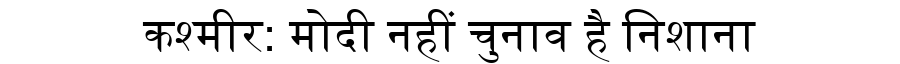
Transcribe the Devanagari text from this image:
कश्मीर: मोदी नहीं चुनाव है निशाना